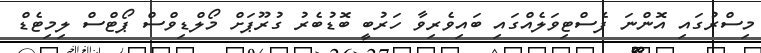
މިސްރުގައި އޮންނަ ފެސްޓިވަލެއްގައި ބައިވެރިވާ ހަރުބީ ބޮޑުބެރު ގުރޫޕަށް މޯލްޑިވްސް ޕޯޓްސް ލިމިޓެޑް